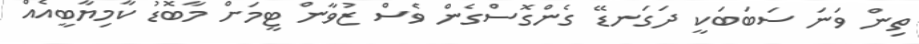
ތިން ވަނަ ސަބަބަކީ ދަގަނޑޭ ގެންގޮސްގެން ވެސް ޒުވާން ޓީމަށް މާބޮޑު ކާމިޔާބީއެއް